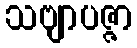
သဗျာပဇ္ဇာ